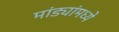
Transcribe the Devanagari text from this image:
मांड्यांमध्ये